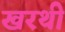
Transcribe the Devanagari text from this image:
खरथी